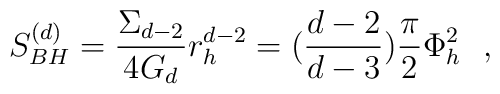
S_{BH}^{(d)}={\Sigma_{d-2}\over 4G_d}r_h^{d-2}=({d-2\over d-3}){\pi\over 2}\Phi^2_h~~,